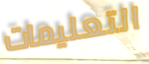
التعليمات